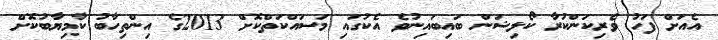
އެއަށް ފަހު ވެރިކަންކުރާ ކޯލިޝަން ބައިބައިނުވެ އެކުގައި މަސައްކަތްކޮށް 2013ގެ އިންތިހާބު ކާމިޔާބުކޮށް